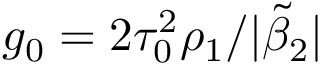
g _ { 0 } = 2 \tau _ { 0 } ^ { 2 } \rho _ { 1 } / | \tilde { \beta } _ { 2 } |